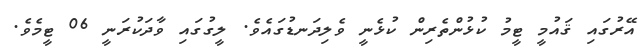
އޭރުގައި ޤައުމީ ޓީމު ކުޅުންތެރިން ކުޅެނީ ވެލިދަނޑުގައެވެ. ލީގުގައި ވާދަކުރަނީ 06 ޓީމެވެ.